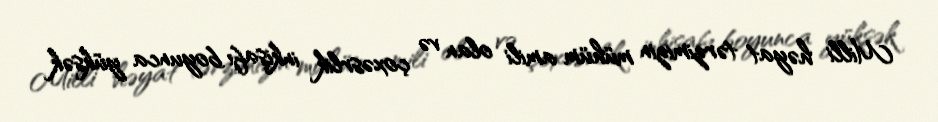
Milli həyat tərzimizin mühüm amili olan və çoxəsrlik inkişafı boyunca yüksək